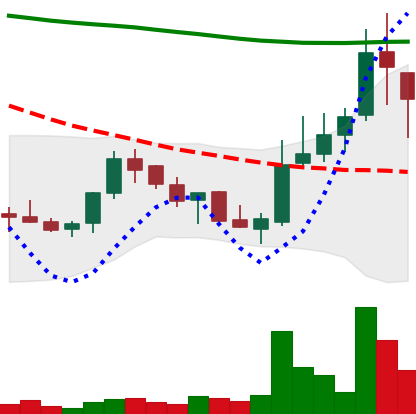
Ticker: LINK-USD
Chart end date: 2018-07-31
Forward return: -13.604%
Label: down_7plus